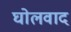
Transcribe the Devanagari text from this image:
घोलवाद